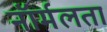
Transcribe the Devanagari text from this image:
नॉर्मलता